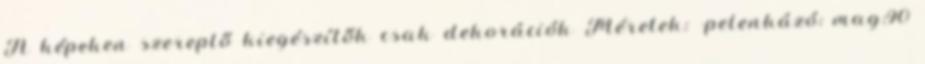
A képeken szereplő kiegészítők csak dekorációk Méretek: -pelenkázó: mag:90